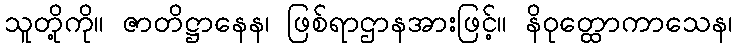
သူတို့ကို။ ဇာတိဋ္ဌာနေန၊ ဖြစ်ရာဌာနအားဖြင့်။ နိဝုတ္ထောကာသေန၊